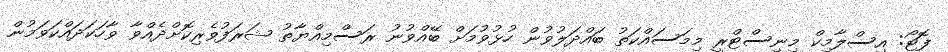
ފޮޓޯ: އިސްލާމިކް މިނިސްޓްރީ މިމަސައްކަތު ބައްދަލުވުން ހުޅުވުމަށް ބޭއްވުނު ރަސްމިއްޔާތު ޝަރަފުވެރިކޮށްދެއްވާ ވާހަކަދައްކަވަމުން